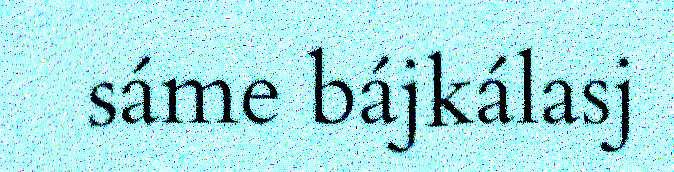
sáme bájkálasj